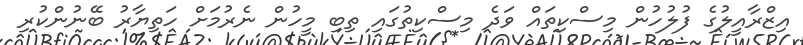
އިޒްރާއީލުގެ ފުލުހުން މިސްކިތައް ވަދެ މިސްކިތުގައި ތިބި މީހުން ނެރުމަށް ހަތިޔާރު ބޭނުންކުރި